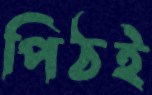
পিঠই